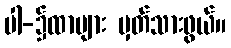
ပါ-၌ထာများ မှတ်သားဖွယ်။